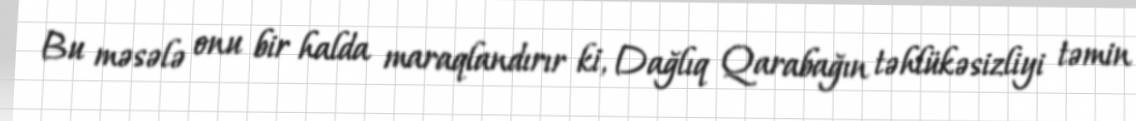
Bu məsələ onu bir halda maraqlandırır ki, Dağlıq Qarabağın təhlükəsizliyi təmin